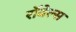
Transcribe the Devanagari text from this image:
रॉवेल्स